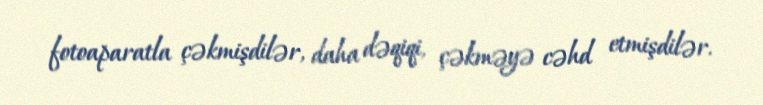
fotoaparatla çəkmişdilər, daha dəqiqi, çəkməyə cəhd etmişdilər.